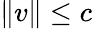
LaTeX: \| v\| \leq c